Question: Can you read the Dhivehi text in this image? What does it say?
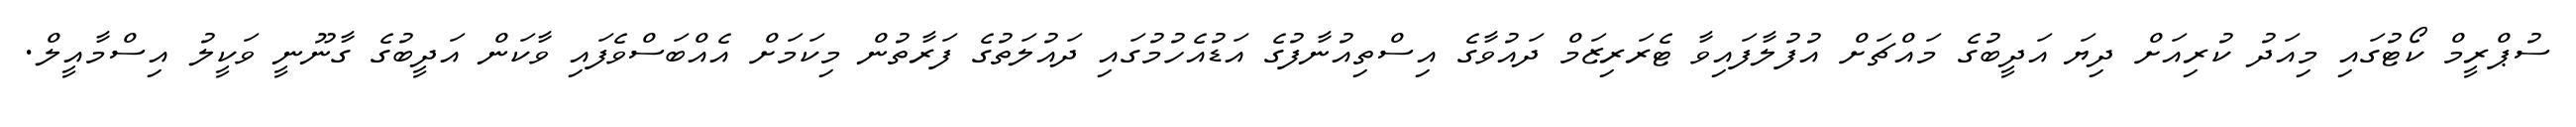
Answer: ސުޕްރީމް ކޯޓުގައި މިއަދު ކުރިއަށް ދިޔަ އަދީބުގެ މައްޗަށް އުފުލާފައިވާ ޓެރަރިޒަމް ދައުވާގެ އިސްތިއުނާފުގެ އަޑުއެހުމުގައި ދައުލަތުގެ ފަރާތުން މިކަމަށް އެއްބަސްވެފައި ވާކަން އަދީބުގެ ގާނޫނީ ވަކީލު އިސްމާއީލް.